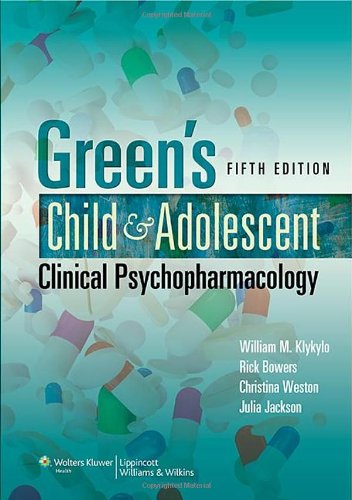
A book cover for Green's Child and Adolescent Clinical Psychopharmacology; William Klykylo; Medical Books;